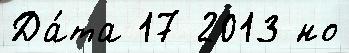
Да́та 17 2013 но